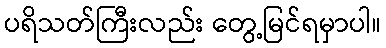
ပရိသတ်ကြီးလည်း တွေ့မြင်ရမှာပါ။